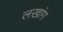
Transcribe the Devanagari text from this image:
लखांग